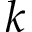
k